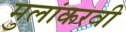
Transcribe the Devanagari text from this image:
मुलांकरवी